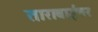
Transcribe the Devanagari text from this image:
ताराबाईंवर